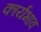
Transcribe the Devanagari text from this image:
कार्यभाव